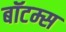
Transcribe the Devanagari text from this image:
बॉटम्स